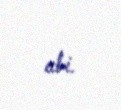
abi.